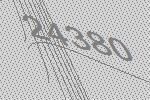
24380